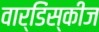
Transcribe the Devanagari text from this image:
वार्डिंस्कीज